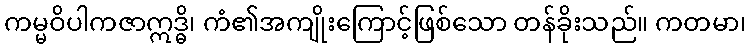
ကမ္မဝိပါကဇာဣဒ္ဓိ၊ ကံ၏အကျိုးကြောင့်ဖြစ်သော တန်ခိုးသည်။ ကတမာ၊